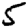
Digit: 5